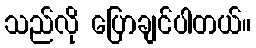
သည်လို ပြောချင်ပါတယ်။